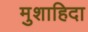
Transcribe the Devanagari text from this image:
मुशाहिदा